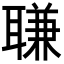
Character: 𦖾